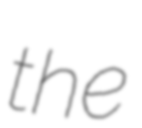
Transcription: the